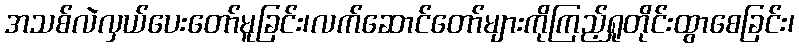
အသစ်လဲလှယ်ပေးတော်မူခြင်း၊လက်ဆောင်တော်များကိုကြည့်ရှုတိုင်းထွာစေခြင်း၊